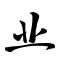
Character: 业